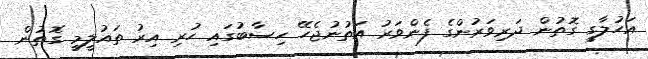
އަހުލާގީ ގޮތުން ދަރިވަރުންގެ ފެންވަރު އަތުނުޖެހޭ ހިސާބުގައި ހުރި އިރު ތައުލީމީ ގޮތުން